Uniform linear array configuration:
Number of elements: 32
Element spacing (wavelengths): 0.5
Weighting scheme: hamming
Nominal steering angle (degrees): -15
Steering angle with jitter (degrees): -14.465
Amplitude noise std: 0.05
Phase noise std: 0.05

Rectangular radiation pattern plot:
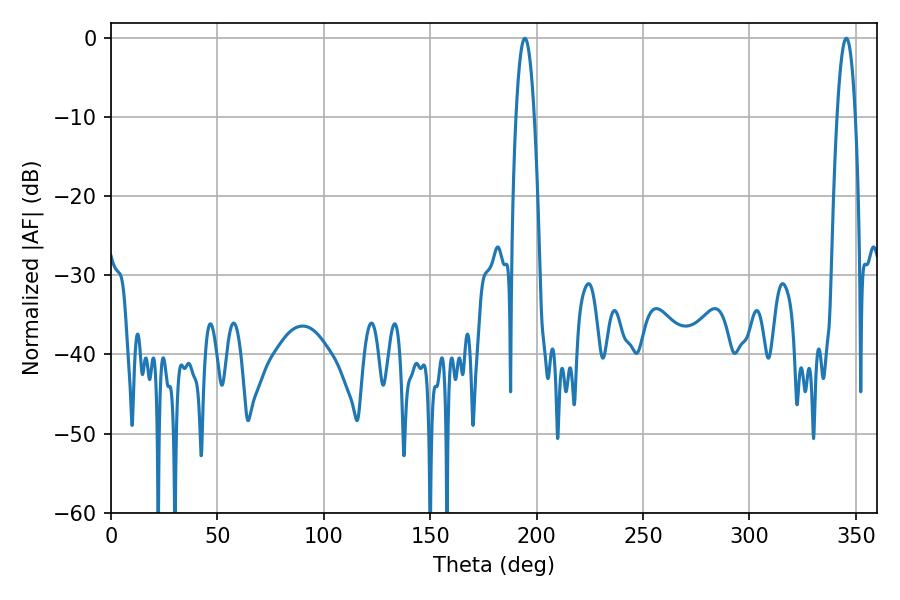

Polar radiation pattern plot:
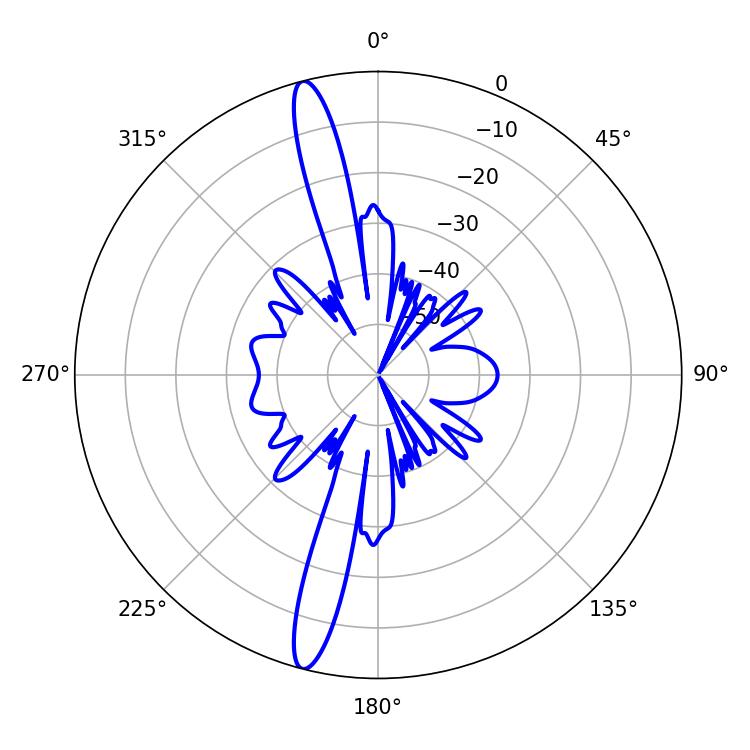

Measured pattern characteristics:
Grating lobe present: FALSE
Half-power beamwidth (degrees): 4.86
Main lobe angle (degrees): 194.4